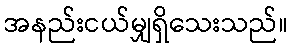
အနည်းငယ်မျှရှိသေးသည်။